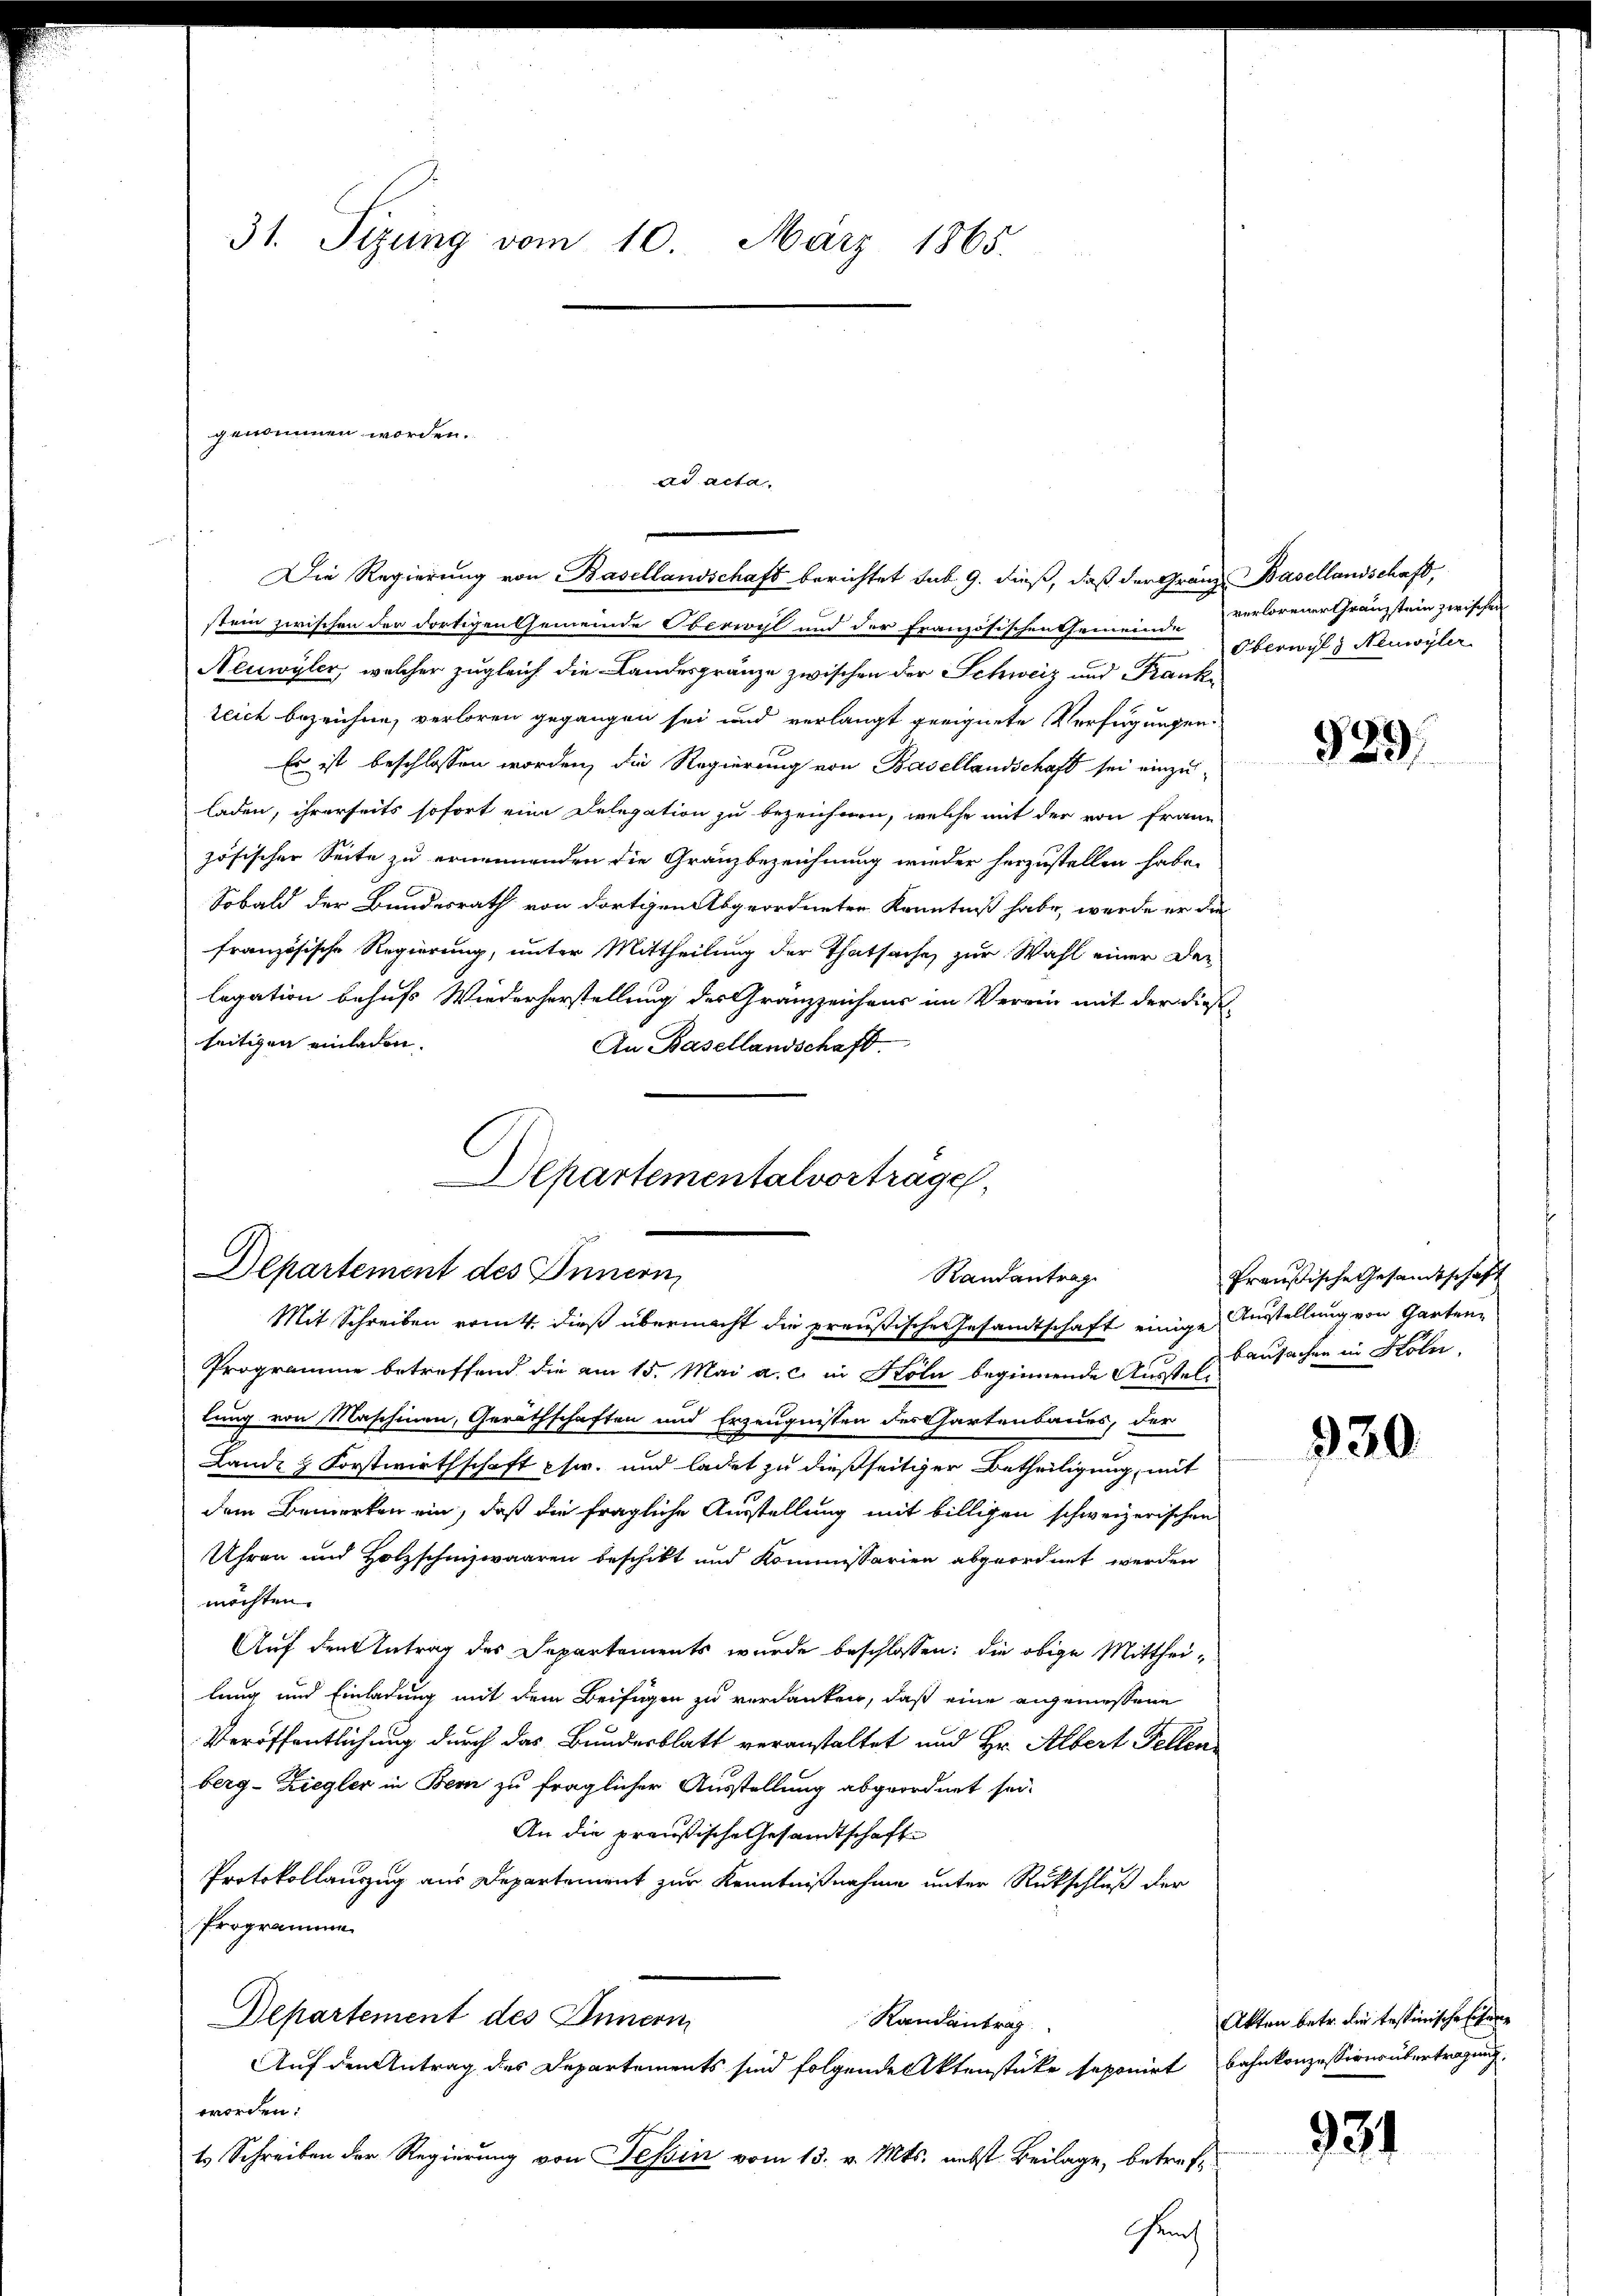
31. Sizung vom 10. März 1865.

genommen worden.

Die Regierung von Basellandschaft berichtet sub. 9. dieß, daß der Granz Basellandschaft,
stein zwischen der dortigen Gemeinde Oberwyl und der Französischen Gemeinde verlorener Gränzstein zwischen
Neuwyler, welcher zugleich die Landesgränze zwischen der Schweiz und Frankzeich bezeichne, verloren gegangen sei und verlangt geeignete Verfügungen
Er ist beschlossen worden, die Regierung von Basellandschaft sei einzuladen, ihrerseits sofort eine Delegation zu bezeichnen, welche mit der von frann-
zösischer Seite zu ernennenden die Gränzbezeichnung wieder herzustellen habe.
Sobald der Bundesrath von dortigen Abgeordneten Kenntniß habe, werde er die
französische Regierung, unter Mittheilung der Thatsache zur Wahl einer Delegation behufs Wiederherstellung des Gränzzeichens im Verein mit der dies
seitigen einladen.
An Basellandschaft.

Departementalvorträge
Departement des Innern,
Randantrag
Mit Schreiben vom 4. dieß übermacht die preußische Gesandtschaft einige Ausstellung von Garten

ad acta.

Programme betreffend die am 15. Mai a. c. in Köln beginnende Ausstellung von Maschinen, Geräthschaften und Erzeugnissen des Chartenbaues, der
Lande & Forstwirthschaft psw. und ladet zu dießseitiger Betheiligung, mit
dem Bemerken ein, daß die fragliche Ausstellung mit billigen schweizerischen
Uhren und Holzschnizwaaren beschikt und Kommissarien abgeordnet werden
möchten.
Auf den Antrag des Separtements wurde beschlossen: die obige Mittheilung und Einladung mit dem Beifügen zu verdanken, daß eine angemessene
Veröffentlichung durch das Bundesblatt veranstaltet und Hr. Albert Fellen
berg-Ziegler in Bern zu fraglicher Ausstellung abgeordnet sei.
An die preußische Gesandtschafte
Protokollauszug aus Departement zur Kenntnißnahme unter Rückschluß der
Programme
Departement des Innern
Randantrag
Auf den Antrag des Departements sind folgende Aktenstüke seponirt Bahnkonzessiverübertragung.
worden.
t Schreiben der Regierung von Tessin vom 13. v. Mts. nebst Beilage, betreff
amt

Oberwyl Neuwyler

529

Preußische Gesandtschaft
bausachen in Köln.

330.

Akten betr. die testinische Eitere

934